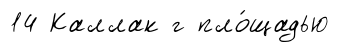
14 Каллак г пло́щадью